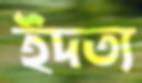
ইদত্য